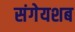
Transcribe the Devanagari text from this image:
संगेयशब